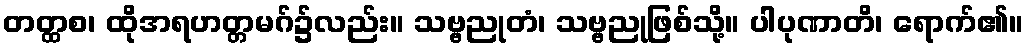
တတ္ထစ၊ ထိုအရဟတ္တမဂ်၌လည်း။ သဗ္ဗညုတံ၊ သဗ္ဗညုဖြစ်သို့။ ပါပုဏာတိ၊ ရောက်၏။